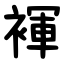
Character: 褌